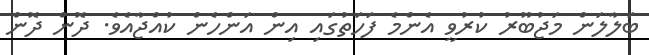
ބަލާލަން މަޖުބޫރު ކުރުވީ އެންމެ ފަހަތުގައި އިން އަންހެން ކުއްޖާއެވެ. ދޮން ދޮން